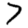
Digit: 7